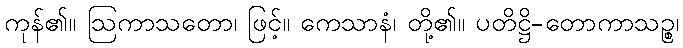
ကုန်၏။ ဩကာသတော၊ ဖြင့်။ ကေသာနံ၊ တို့၏။ ပတိဋ္ဌိ-တောကာသဉ္စ၊